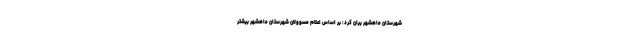
شهرستان ماهشهر بیان کرد: بر اساس اعلام مسوولان شهرستان ماهشهر بیشتر